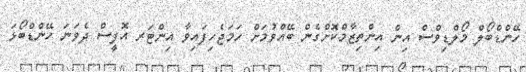
ހޭންޑްބޯލް މޯލްޑިވްސް އިން އިންތިޒާމްކޮށްގެން ބޭއްވުމަށް ހަމަޖެހިފައިވާ އިންޓަރ އޮފީސް ދެވަނަ ހޭންޑްބޯޅަ